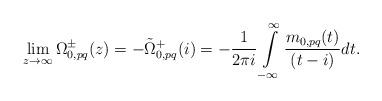
LaTeX: \begin{align*}\lim_{z\to\infty}\Omega^{\pm}_{0,pq}(z)=-\tilde\Omega^{+}_{0,pq}(i)=-\frac{1}{2 \pi i} \int\limits_{-\infty}^{\infty} \frac{m_{0,pq}(t) }{(t - i)}d t.\end{align*}